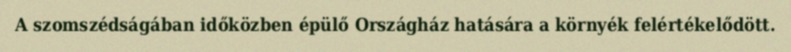
A szomszédságában időközben épülő Országház hatására a környék felértékelődött.